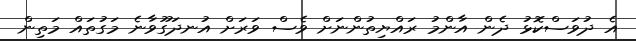
އެ ދުވަސްކޮޅު ދެން އާންމު ރައްޔިތުންނަށް ވެސް ވަރަށް އުނދަގޫވާނެ މަގުތައް މަތިން